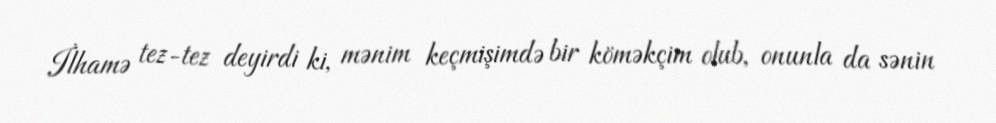
İlhamə tez-tez deyirdi ki, mənim keçmişimdə bir köməkçim olub, onunla da sənin